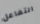
التفاعل